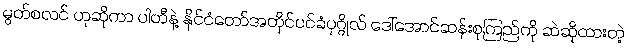
မွတ်စလင် ဟုဆိုကာ ပါတီနဲ့ နိုင်ငံတော်အတိုင်ပင်ခံပုဂ္ဂိုလ် ဒေါ်အောင်ဆန်းစုကြည်ကို ဆဲဆိုထားတဲ့